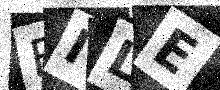
Text: BILE